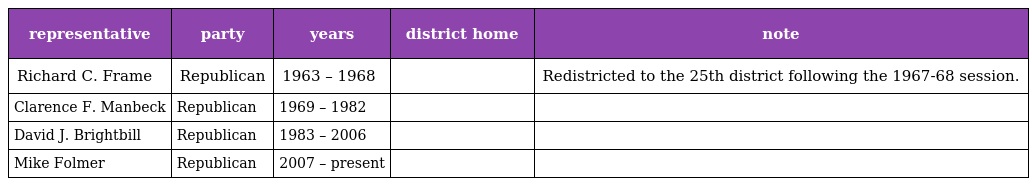
| representative | party | years | district home | note |
 | --- | --- | --- | --- | --- |
 | Richard C. Frame | Republican | 1963 – 1968 |  | Redistricted to the 25th district following the 1967-68 session. |
 | Clarence F. Manbeck | Republican | 1969 – 1982 |  |  |
 | David J. Brightbill | Republican | 1983 – 2006 |  |  |
 | Mike Folmer | Republican | 2007 – present |  |  |